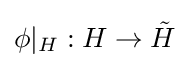
\phi |_{H}:H\to {\tilde {H}}